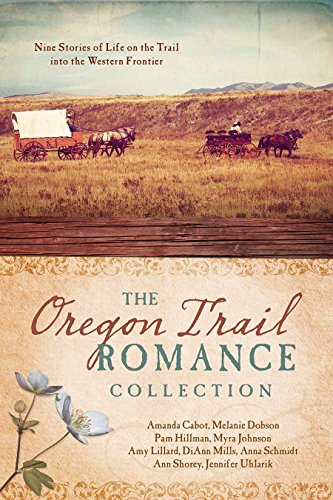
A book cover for Oregon Trail Romance Collection:  9 Stories of Life on the Trail into the Western Frontier; Amanda Cabot; Romance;